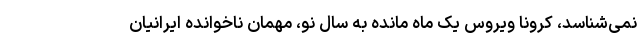
نمی‌شناسد، کرونا ویروس یک ماه مانده به سال نو، مهمان ناخوانده ایرانیان